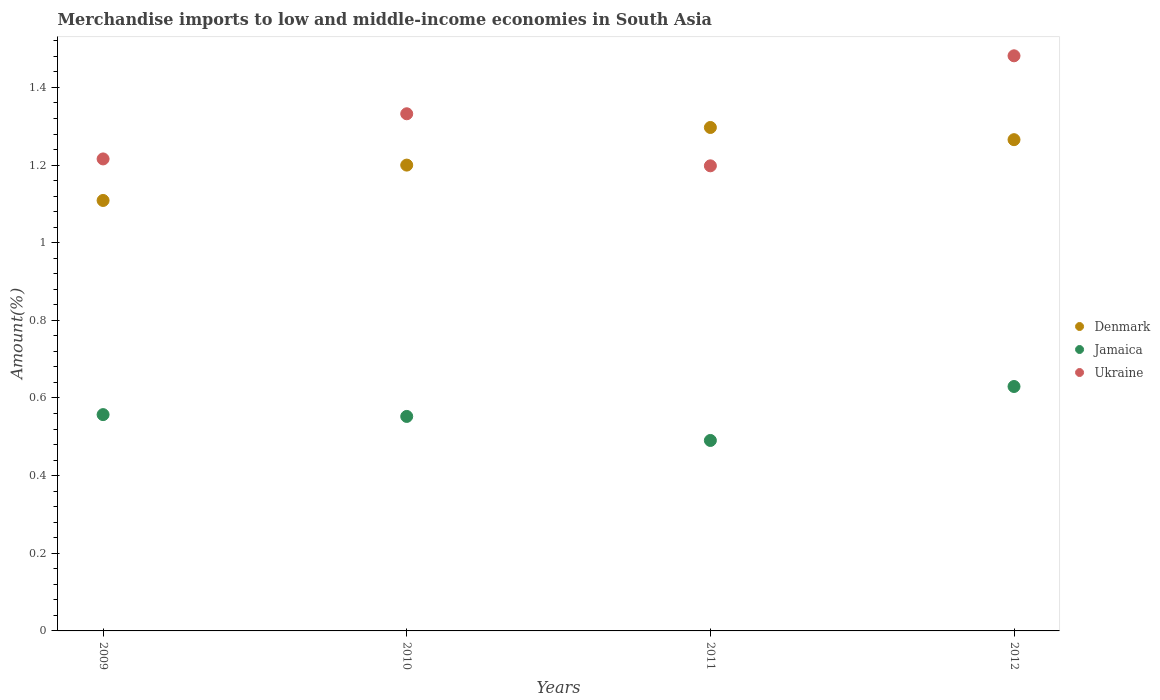
| Years | Denmark | Jamaica | Ukraine |
 | --- | --- | --- | --- |
 | 2009 | 1.11 | 0.557 | 1.22 |
 | 2010 | 1.2 | 0.553 | 1.33 |
 | 2011 | 1.3 | 0.491 | 1.2 |
 | 2012 | 1.27 | 0.63 | 1.48 |